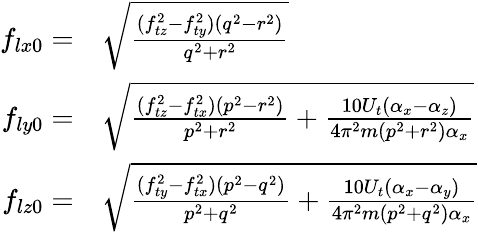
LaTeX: \begin{array}{rl}{f_{lx0}=}&{\sqrt{\frac{(f_{tz}^{2}-f_{ty}^{2})(q^{2}-r^{2})}{q^{2}+r^{2}}}}\\ {f_{ly0}=}&{\sqrt{\frac{(f_{tz}^{2}-f_{tx}^{2})(p^{2}-r^{2})}{p^{2}+r^{2}}+\frac{10U_{t}(\alpha_{x}-\alpha_{z})}{4\pi^{2}m(p^{2}+r^{2})\alpha_{x}}}}\\ {f_{lz0}=}&{\sqrt{\frac{(f_{ty}^{2}-f_{tx}^{2})(p^{2}-q^{2})}{p^{2}+q^{2}}+\frac{10U_{t}(\alpha_{x}-\alpha_{y})}{4\pi^{2}m(p^{2}+q^{2})\alpha_{x}}}}\end{array}